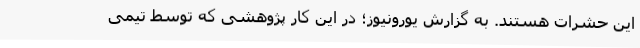
این حشرات هستند. به گزارش یورونیوز؛ در این کار پژوهشی که توسط تیمی